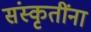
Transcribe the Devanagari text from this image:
संस्कृतींना